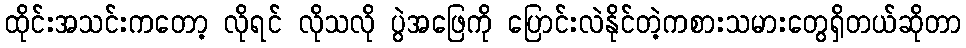
ထိုင်းအသင်းကတော့ လိုရင် လိုသလို ပွဲအဖြေကို ပြောင်းလဲနိုင်တဲ့ကစားသမားတွေရှိတယ်ဆိုတာ